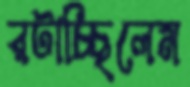
রটাচ্ছিলেম